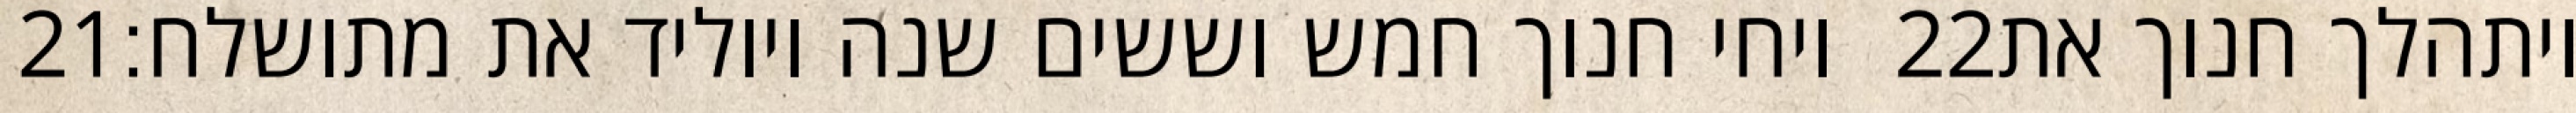
‎21‏ ויחי חנוך חמש וששים שנה ויוליד את מתושלח׃ ‎22‏ ויתהלך חנוך את